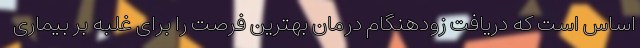
اساس است که دریافت زودهنگام درمان بهترین فرصت را برای غلبه بر بیماری